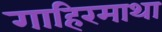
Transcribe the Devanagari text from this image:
गाहिरमाथा